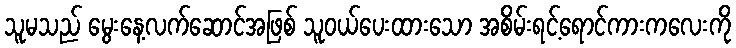
သူမသည် မွေးနေ့လက်ဆောင်အဖြစ် သူဝယ်ပေးထားသော အစိမ်းရင့်ရောင်ကားကလေးကို